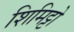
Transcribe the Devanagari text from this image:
शिमिट्टो